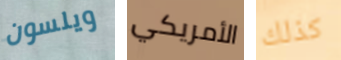
ويلسون الأمريكي كذلك